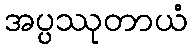
အပ္ပဿုတာယံ